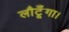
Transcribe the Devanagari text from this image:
लौटूँगा।